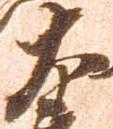
大